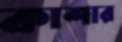
কাশার